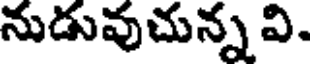
నుడువుచున్న వి.